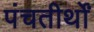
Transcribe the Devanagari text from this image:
पंचतीर्थों